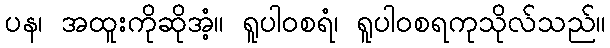
ပန၊ အထူးကိုဆိုအံ့။ ရူပါဝစရံ၊ ရူပါဝစရကုသိုလ်သည်။